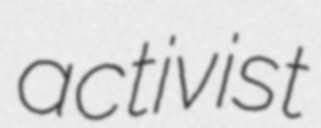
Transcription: activist